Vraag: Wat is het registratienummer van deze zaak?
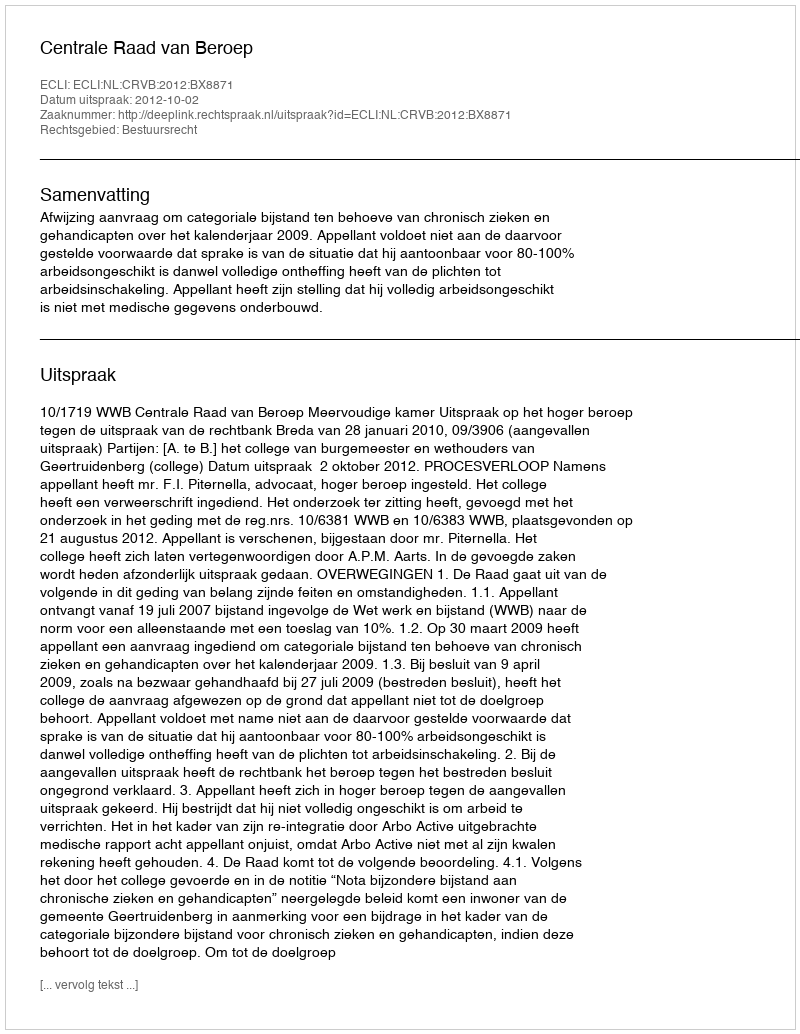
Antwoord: http://deeplink.rechtspraak.nl/uitspraak?id=ECLI:NL:CRVB:2012:BX8871